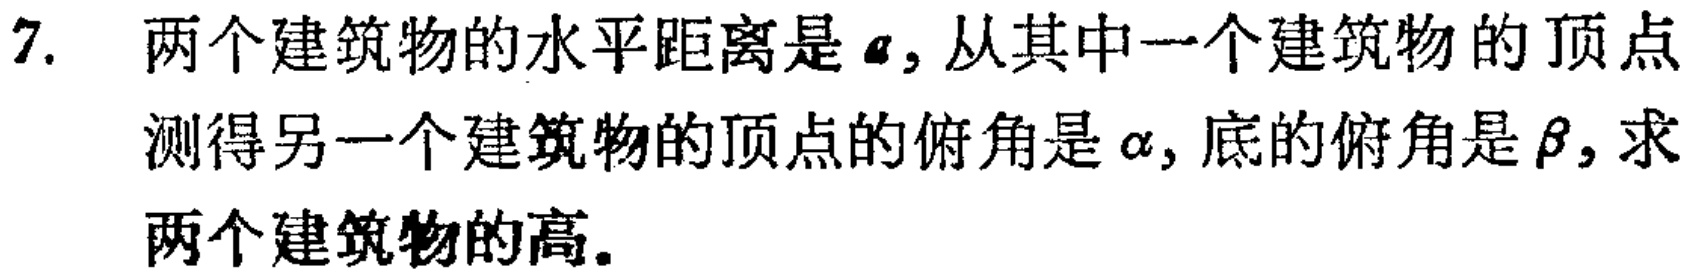
7. 两个建筑物的水平距离是\(a\)，从其中一个建筑物的顶点测得另一个建筑物的顶点的俯角是\(\alpha\)，底的俯角是\(\beta\)，求两个建筑物的高。